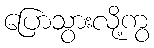
ပြောသွားလို့ကွ